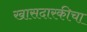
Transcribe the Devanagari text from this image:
खासदारकीचा